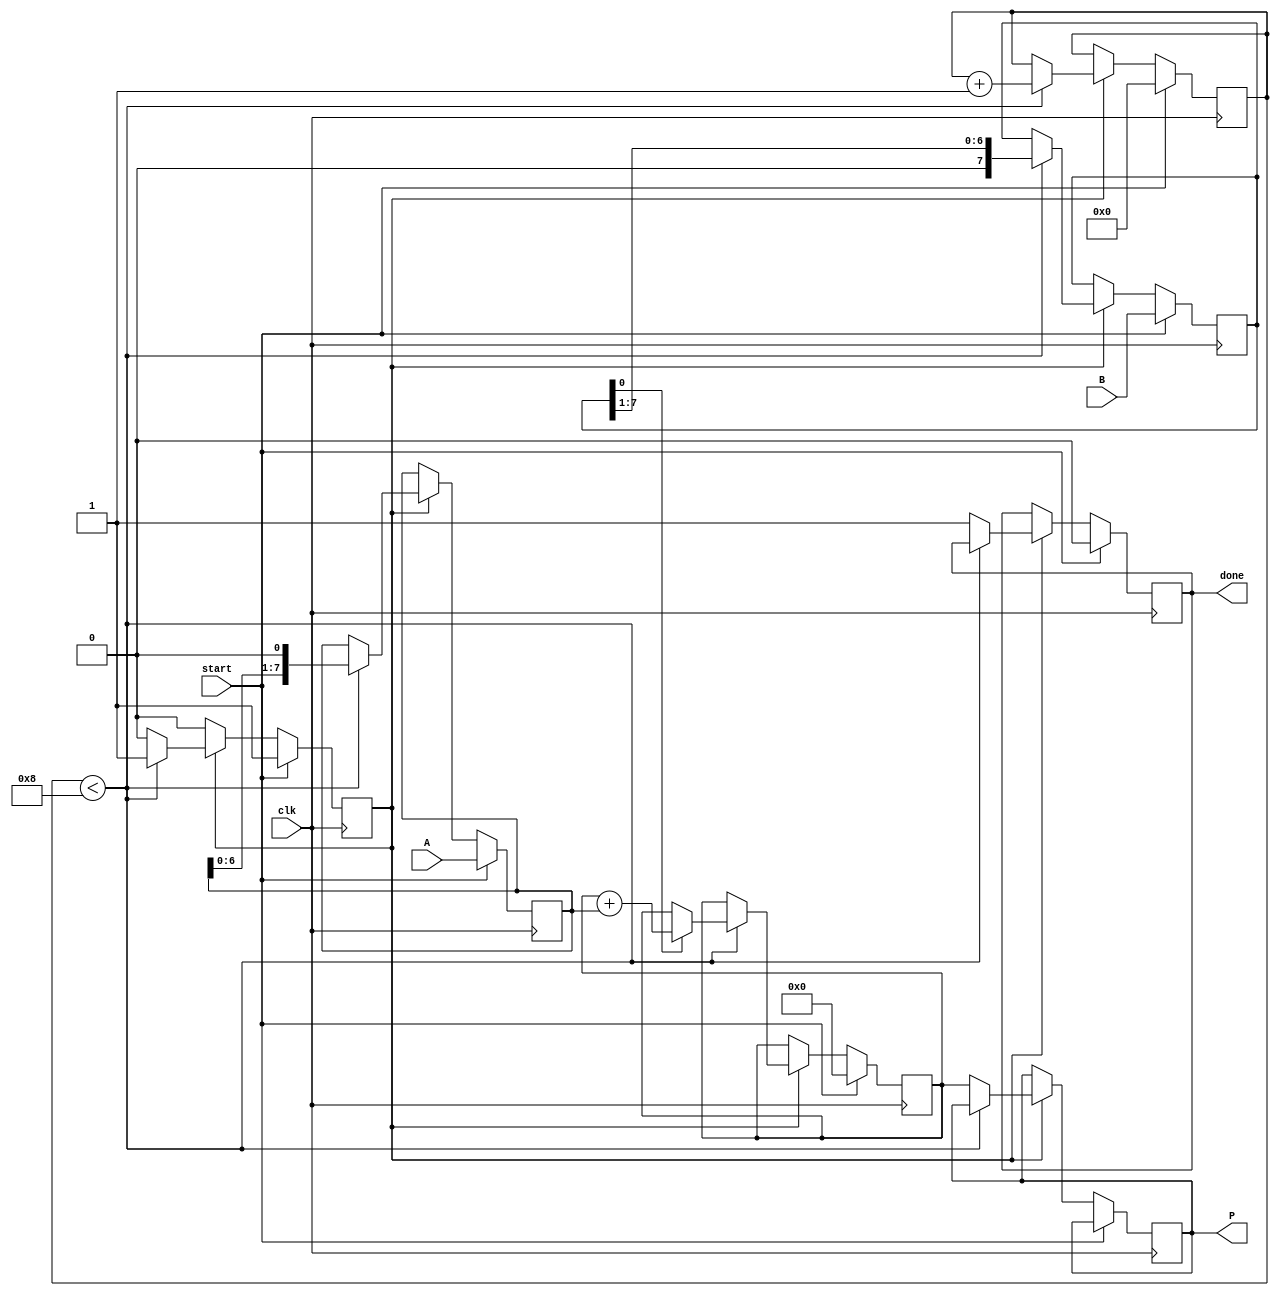
module radix2_multiplier #(parameter N = 8) (
    input wire [N-1:0] A,      // Multiplicand
    input wire [N-1:0] B,      // Multiplier
    output reg [2*N-1:0] P,     // Product
    input wire clk,             // Clock signal
    input wire start,           // Start signal
    output reg done             // Done signal
);

    reg [N-1:0] multiplicand;   // Register to hold A
    reg [N-1:0] multiplier;      // Register to hold B
    reg [2*N-1:0] product;       // Register to accumulate the product
    reg [3:0] count;             // Counter for iterations
    reg state;                   // State variable

    // State definitions
    localparam IDLE = 1'b0;
    localparam COMPUTE = 1'b1;

    always @(posedge clk) begin
        if (start) begin
            // Initialize registers
            multiplicand <= A;
            multiplier <= B;
            product <= 0;
            count <= 0;
            done <= 0;
            state <= COMPUTE;
        end else if (state == COMPUTE) begin
            if (count < N) begin
                // Check if the current bit of the multiplier is 1
                if (multiplier[0] == 1'b1) begin
                    product <= product + multiplicand; // Add multiplicand to product
                end
                // Shift the multiplicand to the left (multiply by 2)
                multiplicand <= multiplicand << 1;
                // Shift the multiplier to the right (divide by 2)
                multiplier <= multiplier >> 1;
                // Increment the count
                count <= count + 1;
            end else begin
                // Finished multiplying
                P <= product;   // Assign final product
                done <= 1;      // Set done signal
                state <= IDLE;  // Go back to IDLE state
            end
        end
    end

endmodule